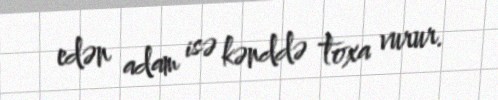
edən adam isə kənddə toxa vurur.